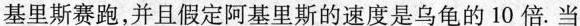
基里斯赛跑，并且假定阿基里斯的速度是乌龟的10倍。当